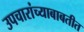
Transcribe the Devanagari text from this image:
उपचारांच्याबाबतीत